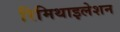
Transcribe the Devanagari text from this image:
रिमिथाइलेशन